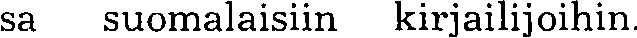
sa suomalaisiin kirjailijoihin.